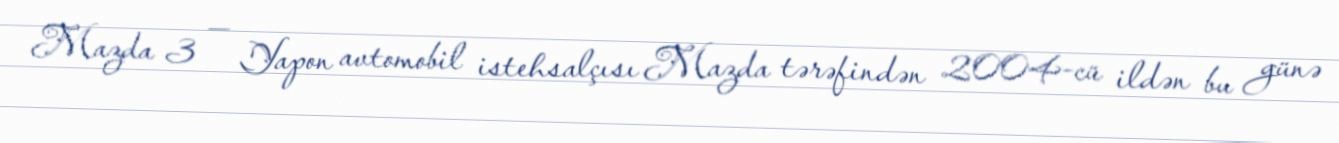
Mazda 3 — Yapon avtomobil istehsalçısı Mazda tərəfindən 2004-cü ildən bu günə